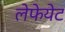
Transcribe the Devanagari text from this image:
लेफेयेट